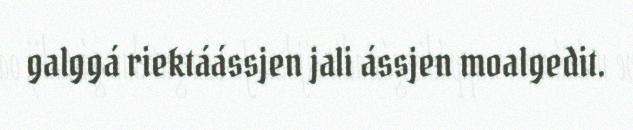
galggá riektáássjen jali ássjen moalgedit.